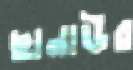
ছানাউর